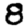
Digit: 8